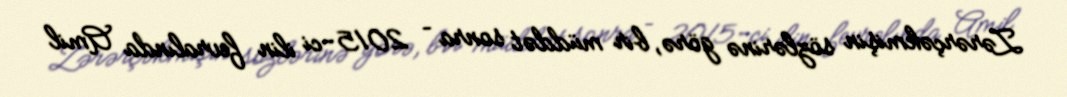
Zərərçəkmişin sözlərinə görə, bir müddət sonra – 2015-ci ilin fevralında Amil